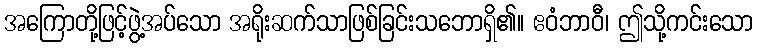
အကြောတို့ဖြင့်ဖွဲ့အပ်သော အရိုးဆက်သာဖြစ်ခြင်းသဘောရှိ၏။ ဧဝံဘာဝီ၊ ဤသို့ကင်းသော